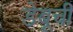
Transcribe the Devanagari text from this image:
डेबूची